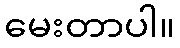
မေးတာပါ။